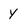
Character: y